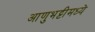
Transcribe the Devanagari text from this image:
आणुभट्टीमध्ये